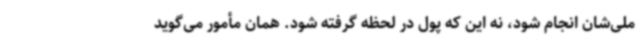
ملی‌شان انجام شود، نه این که پول در لحظه گرفته شود. همان مأمور می‌گوید